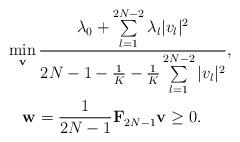
LaTeX: \begin{align*} & \min_{\mathbf{v}}\frac{\lambda_0 + \sum\limits_{l=1}^{2N-2}\lambda_l |v_l|^2}{2N-1-\frac{1}{K}-\frac{1}{K}\sum\limits_{l=1}^{2N-2}|v_l|^2},\\ & ~~~\mathbf{w} =\frac{1}{2N-1}\mathbf{F}^{}_{2N-1}\mathbf{v}\geq 0.\end{align*}